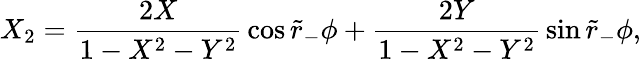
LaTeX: X_{2}={\frac{2X}{1-X^{2}-Y^{2}}}\cos\tilde{r}_{-}\phi+{\frac{2Y}{1-X^{2}-Y^{2}}}\sin\tilde{r}_{-}\phi,